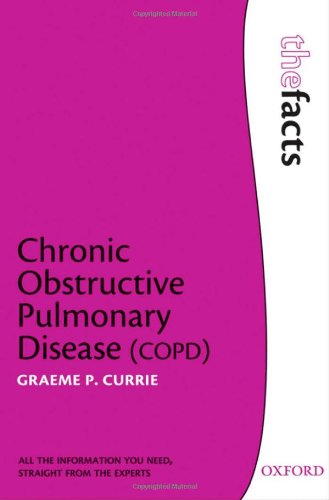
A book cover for COPD (The Facts Series); Graeme Currie; Health, Fitness & Dieting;